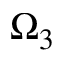
\Omega _ { 3 }